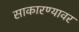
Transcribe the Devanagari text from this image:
साकारण्यावर